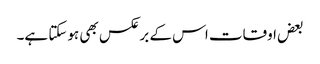
بعض اوقات اس کے برعکس بھی ہوسکتا ہے۔